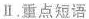
Ⅱ.重点短语